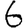
Digit: 6